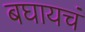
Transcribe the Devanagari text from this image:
बघायचं